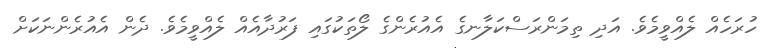
ހުރަހެއް ލެއްވީމެވެ. އަދި ތިމަންރަސްކަލާނގެ އެއުރެންގެ ލޯތަކުގައި ފަރުދާއެއް ލެއްވީމެވެ. ދެން އެއުރެންނަކަށް